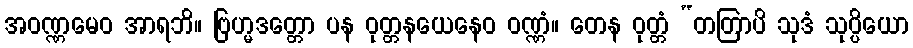
အဝဏ္ဏမေဝ အာရဘိ။ ဗြဟ္မဒတ္တော ပန ဝုတ္တနယေနေဝ ဝဏ္ဏံ။ တေန ဝုတ္တံ “တတြာပိ သုဒံ သုပ္ပိယော